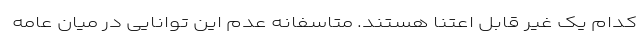
کدام یک غیر قابل اعتنا هستند. متاسفانه‌ عدم این توانایی در میان عامه